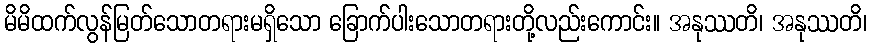
မိမိထက်လွန်မြတ်သောတရားမရှိသော ခြောက်ပါးသောတရားတို့လည်းကောင်း။ အနုဿတိ၊ အနုဿတိ၊